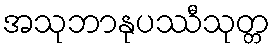
အသုဘာနုပဿီသုတ္တ